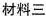
材料三